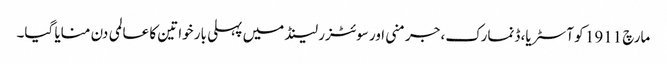
مارچ 1911 کو آسٹریا، ڈنمارک، جرمنی اور سوئٹزر لینڈ میں پہلی بار خواتین کا عالمی دن منایا گیا۔